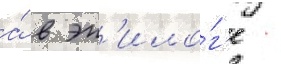
а́ в эп'ило́г'е -